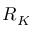
R _ { K }